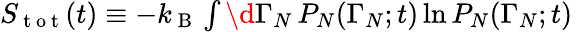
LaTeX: \begin{array}{r}{S_{\mathrm{~t~o~t~}}(t)\equiv-k_{\mathrm{~B~}}\int\d\Gamma_{N}\, P_{N}(\Gamma_{N};t)\ln P_{N}(\Gamma_{N};t)\, }\end{array}